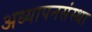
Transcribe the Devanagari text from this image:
अध्यापनसंस्था